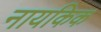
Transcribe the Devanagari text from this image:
नायकिक